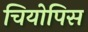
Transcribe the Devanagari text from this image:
चियोपिस